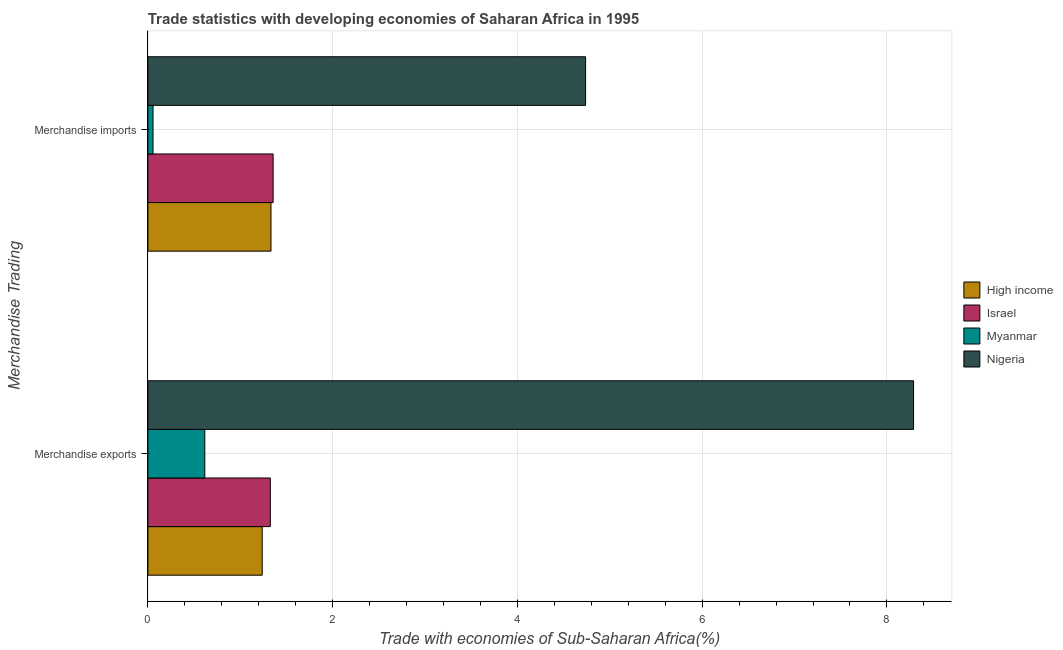
| Merchandise Trading | High income | Israel | Myanmar | Nigeria |
 | --- | --- | --- | --- | --- |
 | Merchandise exports | 1.24 | 1.33 | 0.616 | 8.29 |
 | Merchandise imports | 1.33 | 1.36 | 0.0559 | 4.74 |